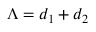
\Lambda = d _ { 1 } + d _ { 2 }